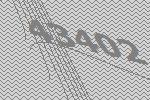
43402